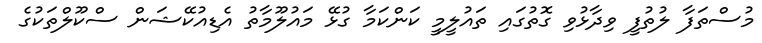
މުސްތަފާ ލުތުފީ ވިދާޅުވި ގޮތުގައި ތައުލީމީ ކަންކަމާ ގުޅޭ މައުލޫމާތު އެޑިއުކޭޝަން ސްކޫލްތަކުގެ